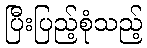
ပြီးပြည့်စုံသည့်